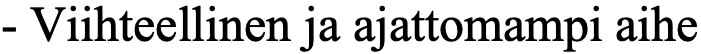
- Viihteellinen ja ajattomampi aihe